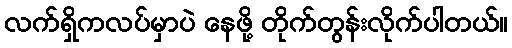
လက်ရှိကလပ်မှာပဲ နေဖို့ တိုက်တွန်းလိုက်ပါတယ်။